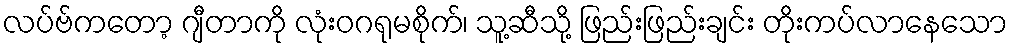
လပ်ဗ်ကတော့ ဂျီတာကို လုံးဝဂရုမစိုက်၊ သူ့ဆီသို့ ဖြည်းဖြည်းချင်း တိုးကပ်လာနေသော